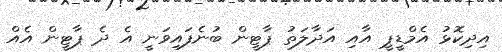
އިދިކޮޅު އެމްޑީޕީ އާއި އަދާލަތު ޕާޓީން ބުނެފައިވަނީ އެ ދެ ޕާޓީން އެއް